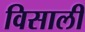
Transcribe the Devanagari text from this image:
विसाली